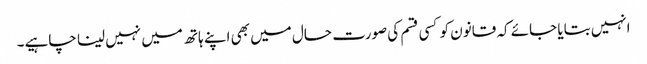
انہیں بتایا جائے کہ قانون کو کسی قسم کی صورت حال میں بھی اپنے ہاتھ میں نہیں لینا چاہیے۔